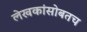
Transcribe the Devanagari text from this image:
लेखकांसोबतच